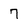
Character: 7